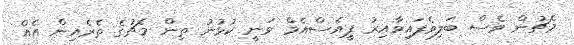
މެޗުން ވެސް ބަލިވެފައިވާއިރު ޕީއެސްއެމް ވަނީ ކުޅުނު ތިން މެޗުގެ ތެރެއިން އެއް